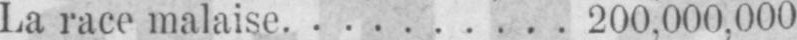
La race malaise .......... 200.000,000